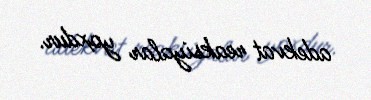
adekvat reaksiyalar yoxdur.